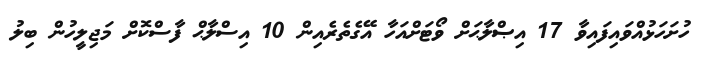
ހުށަހަޅުއްވައިފައިވާ 17 އިޞްލާޙަށް ވޯޓަށްއަހާ އޭގެތެރެއިން 10 އިސްލާޙް ފާސްކޮށް މަޖިލީހުން ބިލު